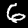
Digit: 6